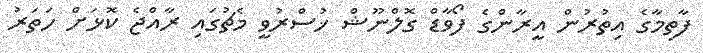
ފާތިމާގެ އިތުރުން އީރާންގެ ފޯވާޑް ގޮލްނޫޝް ޚުސްރުވީ މެޗުގައި ރާއްޖެ ކޮޅަށް ހަތަރު